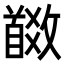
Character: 𩠩